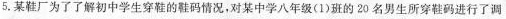
5.某鞋厂为了了解初中学生穿鞋的鞋码情况，对某中学八年级(1)班的20名男生所穿鞋码进行了调